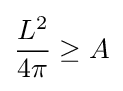
{\frac {L^{2}}{4\pi }}\geq A